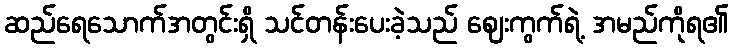
ဆည်ရေသောက်အတွင်းရှိ သင်တန်းပေးခဲ့သည် ဈေးကွက်ရဲ့ အမည်ကိုရ၏